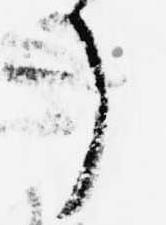
了